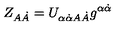
Z _ { A \dot { A } } = U _ { \alpha \dot { \alpha } A \dot { A } } g ^ { \alpha \dot { \alpha } }